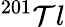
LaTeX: {}^{201}\mathcal{T}l